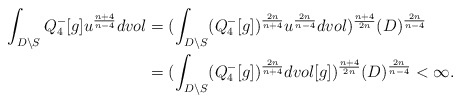
\begin{align*}\aligned\int_{D\setminus S} Q_4^-[g] u^\frac {n+4}{n-4} dvol & = (\int_{D\setminus S} (Q_4^-[g])^\frac {2n}{n+4} u^\frac {2n}{n-4}dvol)^\frac {n+4}{2n}(D)^\frac {2n}{n-4}\\& = (\int_{D\setminus S} (Q_4^-[g])^\frac {2n}{n+4} dvol[g])^\frac {n+4}{2n}(D)^\frac {2n}{n-4} < \infty.\endaligned\end{align*}